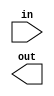
/* se8_16.v - 8 to 16-bit sign extender */
module se8_16(
	      // Inputs
	      in,
	      // Outputs
	      out
	      );
   // Inputs
   input [7:0] in;

   // Outputs
   output [15:0] out;
endmodule // se8_16